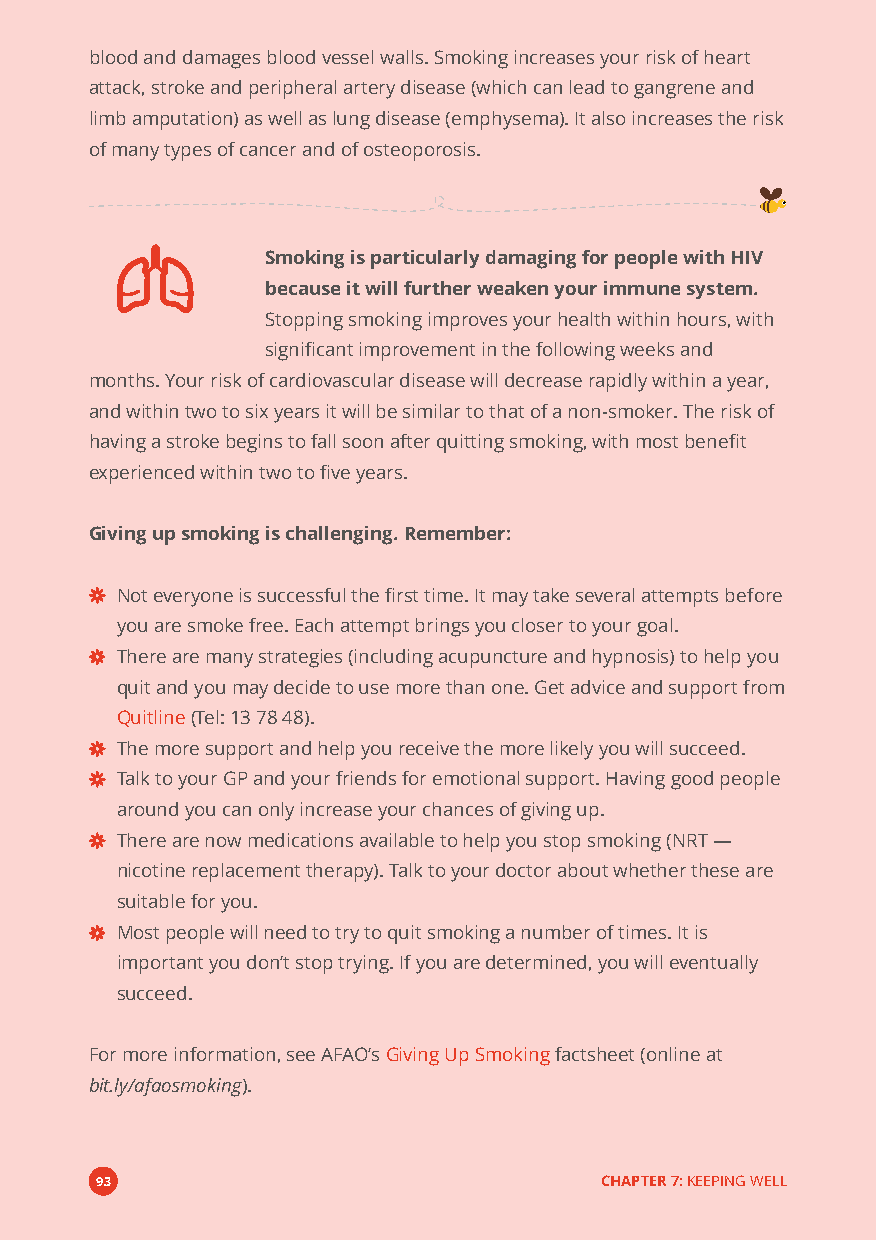
blood and damages blood vessel walls. Smoking increases your risk of heart
 attack, stroke and peripheral artery disease (which can lead to gangrene and
 limb amputation) as well as lung disease (emphysema). It also increases the risk
 of many types of cancer and of osteoporosis.
 Smoking is particularly damaging for people with HIV
 because it will further weaken your immune system.
 Stopping smoking improves your health within hours, with
 significant improvement in the following weeks and
 months. Your risk of cardiovascular disease will decrease rapidly within a year,
 and within two to six years it will be similar to that of a non-smoker. The risk of
 having a stroke begins to fall soon after quitting smoking, with most benefit
 experienced within two to five years.
 Giving up smoking is challenging. Remember:
 Not everyone is successful the first time. It may take several attempts before
 you are smoke free. Each attempt brings you closer to your goal.
 There are many strategies (including acupuncture and hypnosis) to help you
 quit and you may decide to use more than one. Get advice and support from
 Quitline(Tel: 13 78 48).
 The more support and help you receive the more likely you will succeed.
 Talk to your GP and your friends for emotional support. Having good people
 around you can only increase your chances of giving up.
 There are now medications available to help you stop smoking (NRT—
 nicotine replacement therapy). Talk to your doctor about whether these are
 suitable for you.
 Most people will need to try to quit smoking a number of times. It is
 important you don’t stop trying. If you are determined, you will eventually
 succeed.
 For more information, see AFAO’sGiving Up Smokingfactsheet (online at
 bit.ly/afaosmoking).
 93                                CHAPTER 7:KEEPING WELL